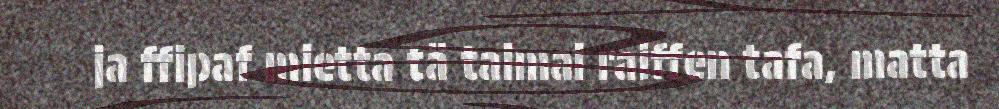
ja ffipaf mietta tä taimai raiffen tafa, matta